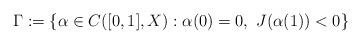
LaTeX: \begin{align*}\Gamma:=\{\alpha\in C([0, 1], X): \alpha(0)=0,\ J(\alpha(1))<0\}\end{align*}